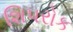
શિપરોક